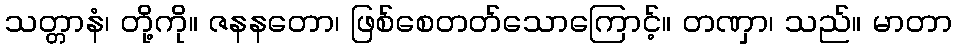
သတ္တာနံ၊ တို့ကို။ ဇနနတော၊ ဖြစ်စေတတ်သောကြောင့်။ တဏှာ၊ သည်။ မာတာ